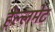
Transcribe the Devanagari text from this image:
हेल्लमेट